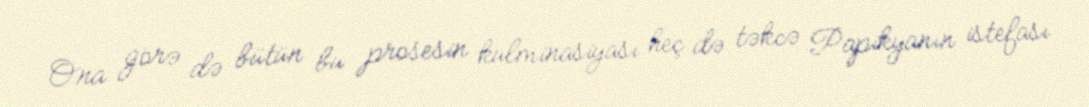
Ona görə də bütün bu prosesin kulminasiyası heç də təkcə Papikyanın istefası